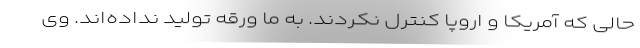
حالی که آمریکا و اروپا کنترل نکردند. به ما ورقه تولید نداده‌اند. وی